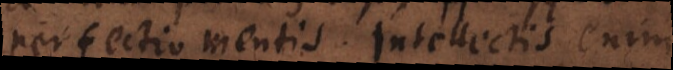
perfectio mentis. Intellectis en